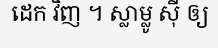
ដេក វិញ ។ ស្លាម្លូ ស៊ី ឲ្យ